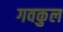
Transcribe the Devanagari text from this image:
गवकुल